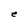
Character: e